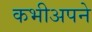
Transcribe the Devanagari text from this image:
कभीअपने